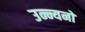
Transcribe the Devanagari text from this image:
उन्न्यनों